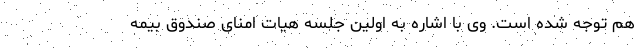
هم توجه شده است. وی با اشاره به اولین جلسه هیات امنای صندوق بیمه